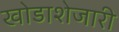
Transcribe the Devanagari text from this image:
खोडाशेजारी